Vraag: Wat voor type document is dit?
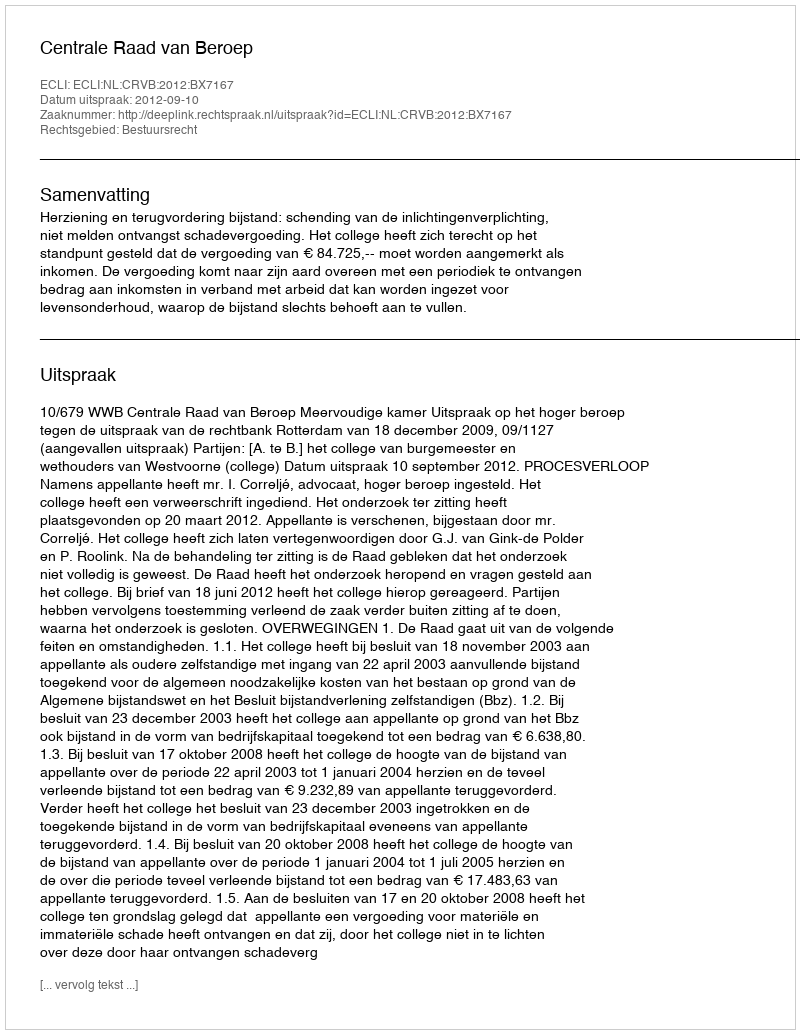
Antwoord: Uitspraak